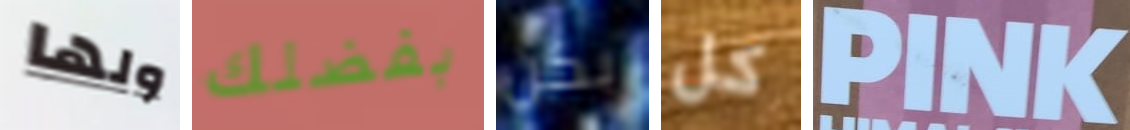
ولها بفضلك بكن كل PINK